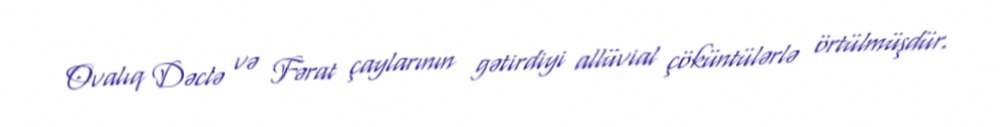
Ovalıq Dəclə və Fərat çaylarının gətirdiyi allüvial çöküntülərlə örtülmüşdür.